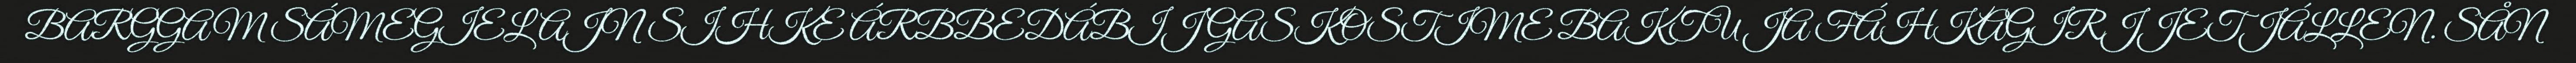
BARGGAM SÁMEGIELAJN SIHKE ÁRBBEDÁBIJ GASKOSTIME BAKTU JA FÁHKAGIRJJETJÁLLEN. SÅN